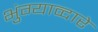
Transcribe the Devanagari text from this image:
भुंग्याव्दारे